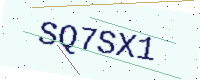
Text: SQ7SX1